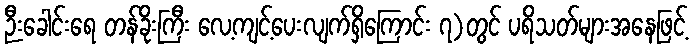
ဉီးခေါင်းရေ တန်ခိုးကြီး လေ့ကျင့်ပေးလျက်ရှိကြောင်း ၇)တွင် ပရိသတ်များအနေဖြင့်